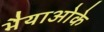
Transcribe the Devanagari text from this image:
भैयाओके